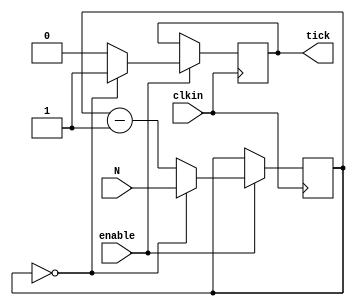
// Design Name : clktick_16
// Function : divide an input clock signal by n+1
//-----------------------------------------------------

module clktick_16 (
  clkin, 	// Clock input to the design
  enable,	// enable clk divider
  N,			// Clock division factor is N+1
  tick		// pulse_out goes high for one cycle (n+1) clock cycles
); 			// 	End of port list

parameter	N_BIT = 16;
//-------------Input Ports-----------------------------
input clkin;
input enable;
input [N_BIT-1:0] N;

//-------------Output Ports----------------------------
output 	tick;

//-------------Output Ports Data Type------------------
// Output port can be a storage element (reg) or a wire
reg [N_BIT-1:0] count;
reg			tick;

initial		tick = 1'b0;

//------------ Main Body of the module ------------------------

	always @ (posedge clkin)  
		if (enable == 1'b1)
			if (count == 0)	begin
				tick <= 1'b1;
				count <= N;
				end
			else	begin
				tick <= 1'b0;
				count <= count - 1'b1;
				end
		
endmodule // End of Module clktick